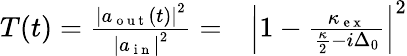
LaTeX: \begin{array}{rl}{T(t)=\frac{\left|a_{{\mathrm{~o~u~t~}}}(t)\right|^{2}}{\left|a_{\mathrm{~i~n~}}\right|^{2}}=}&{{}\left|1-\frac{\kappa_{\mathrm{~e~x~}}}{\frac{\kappa}{2}-i\Delta_{0}}\right|^{2}}\end{array}